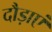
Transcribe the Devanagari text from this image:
दौड़ाएं